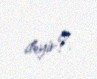
deyir?.